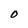
Character: O